Bréfritari: Þórbergur Ólafsson Snóksdal
Viðtakandi: Jón Borgfirðingur
Dagsetning: A-1862-04-18
Skrifað á: Múla í Aðaldal  S-Þing.

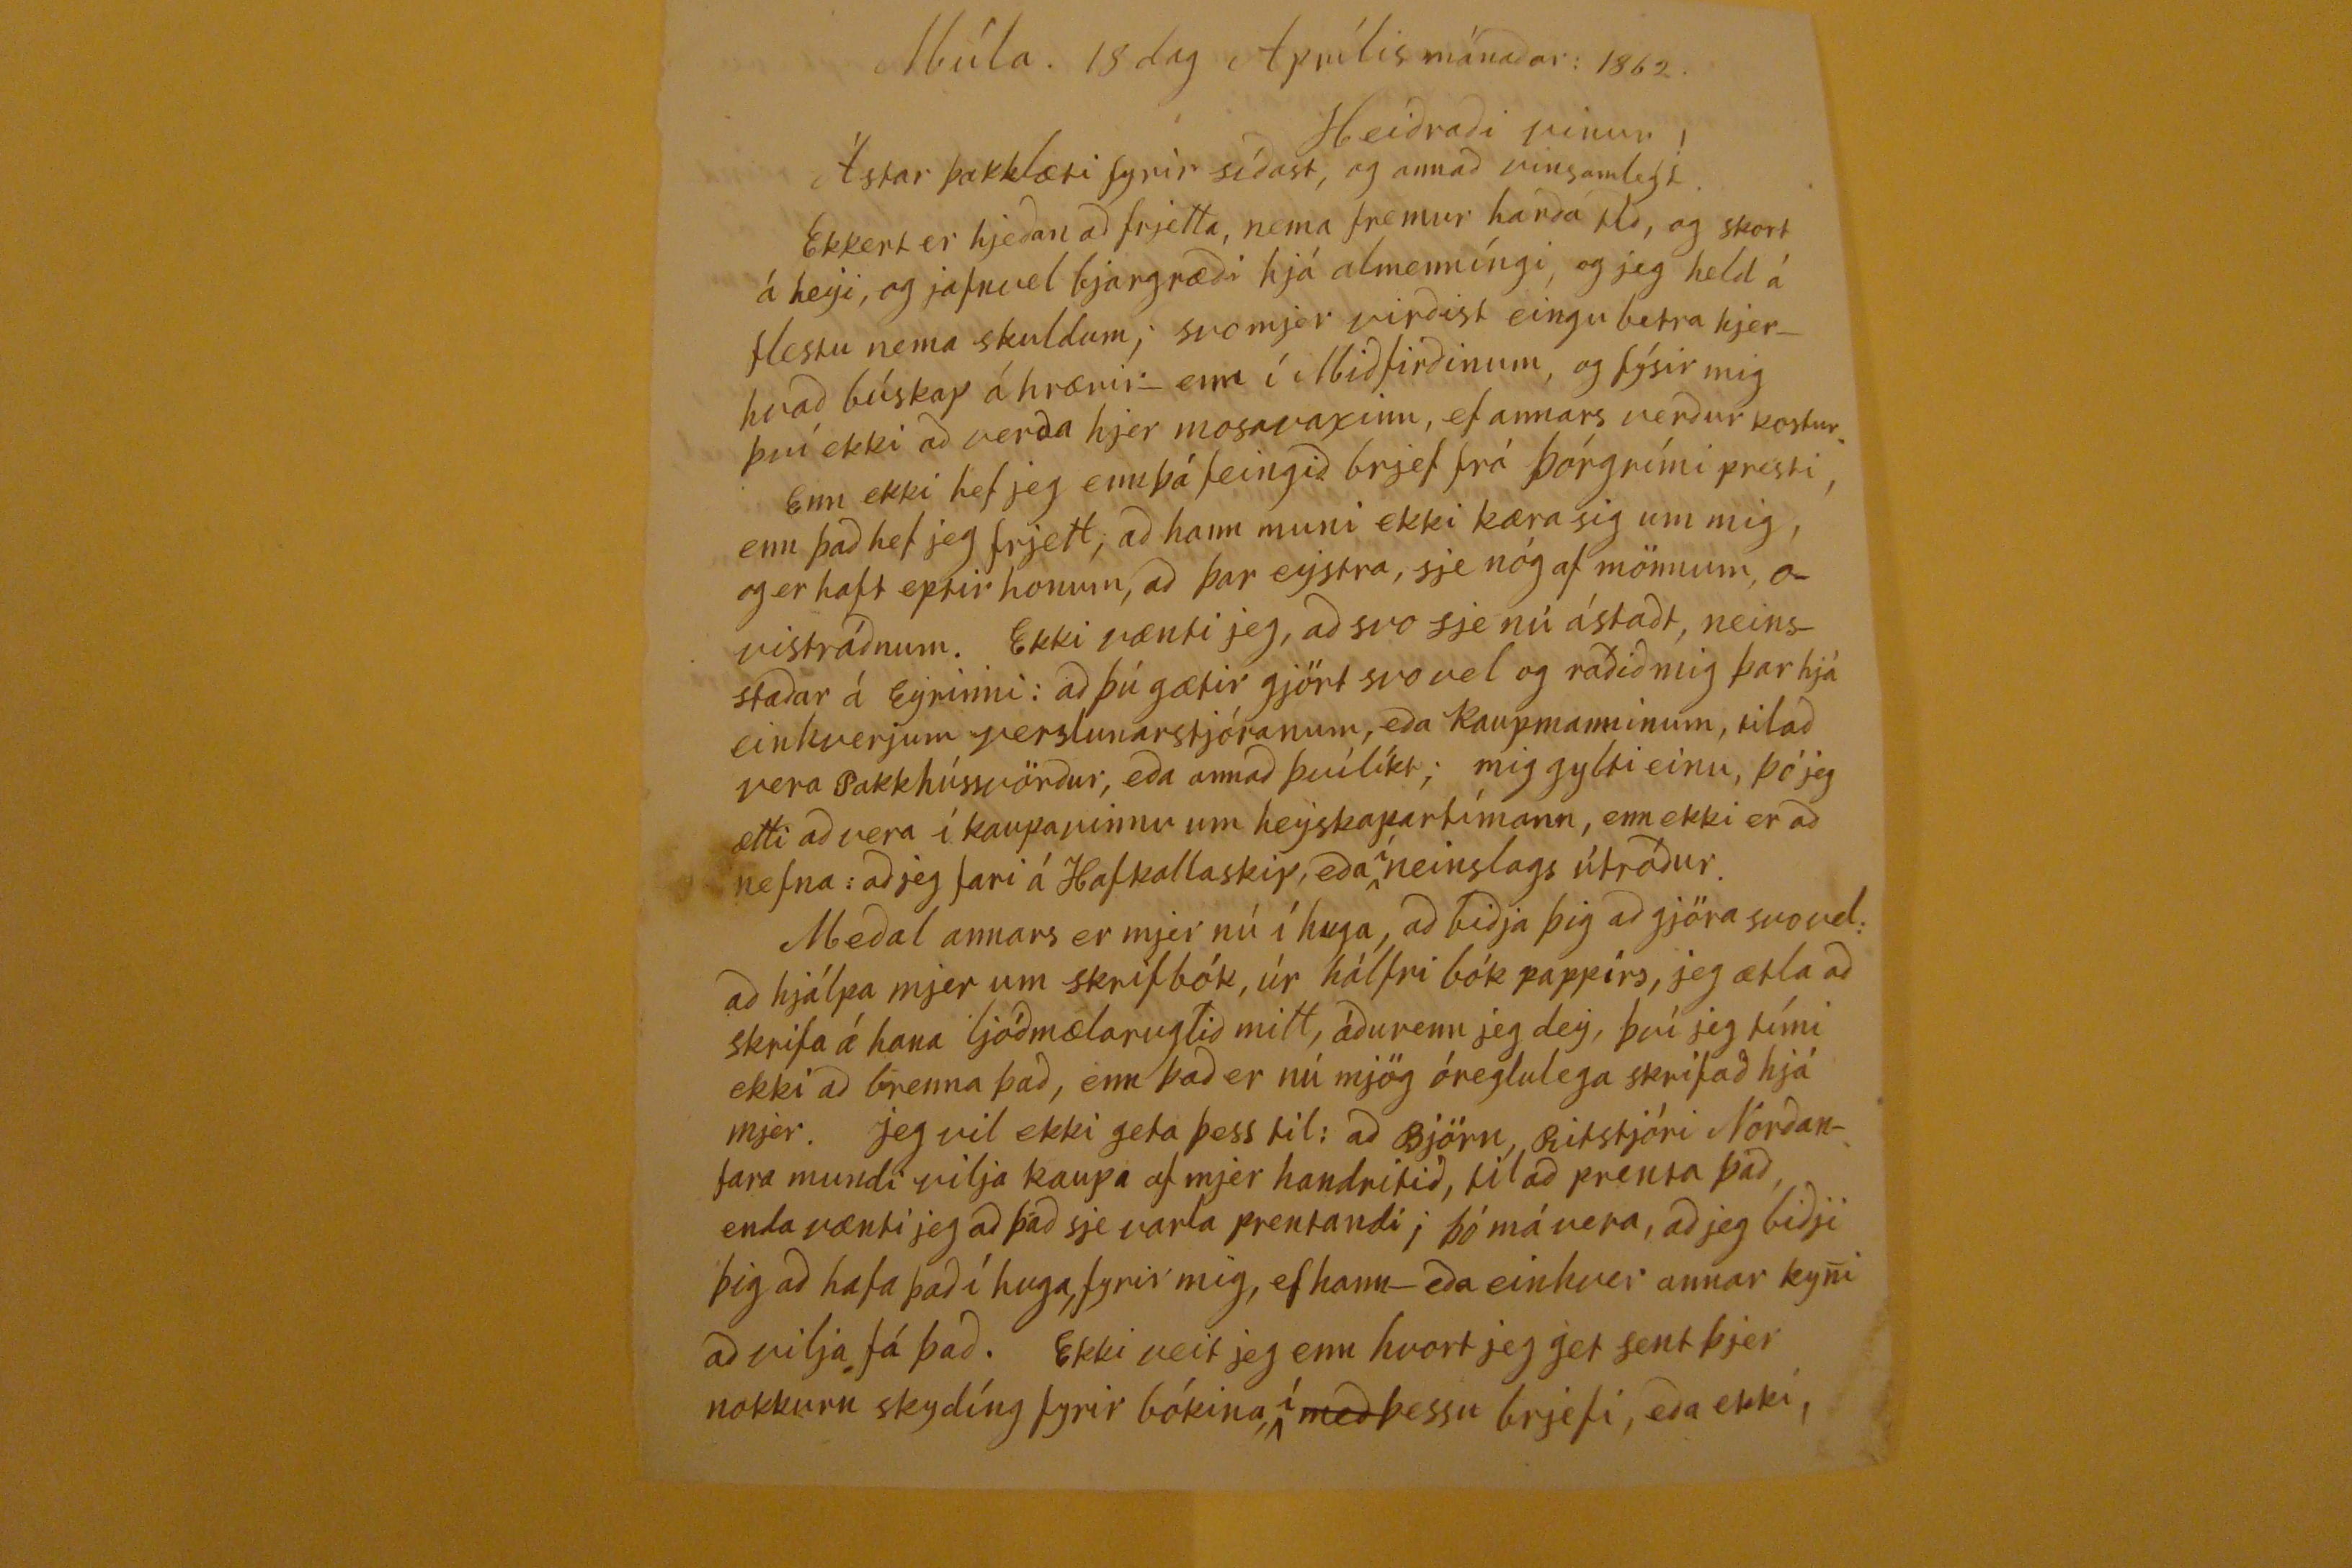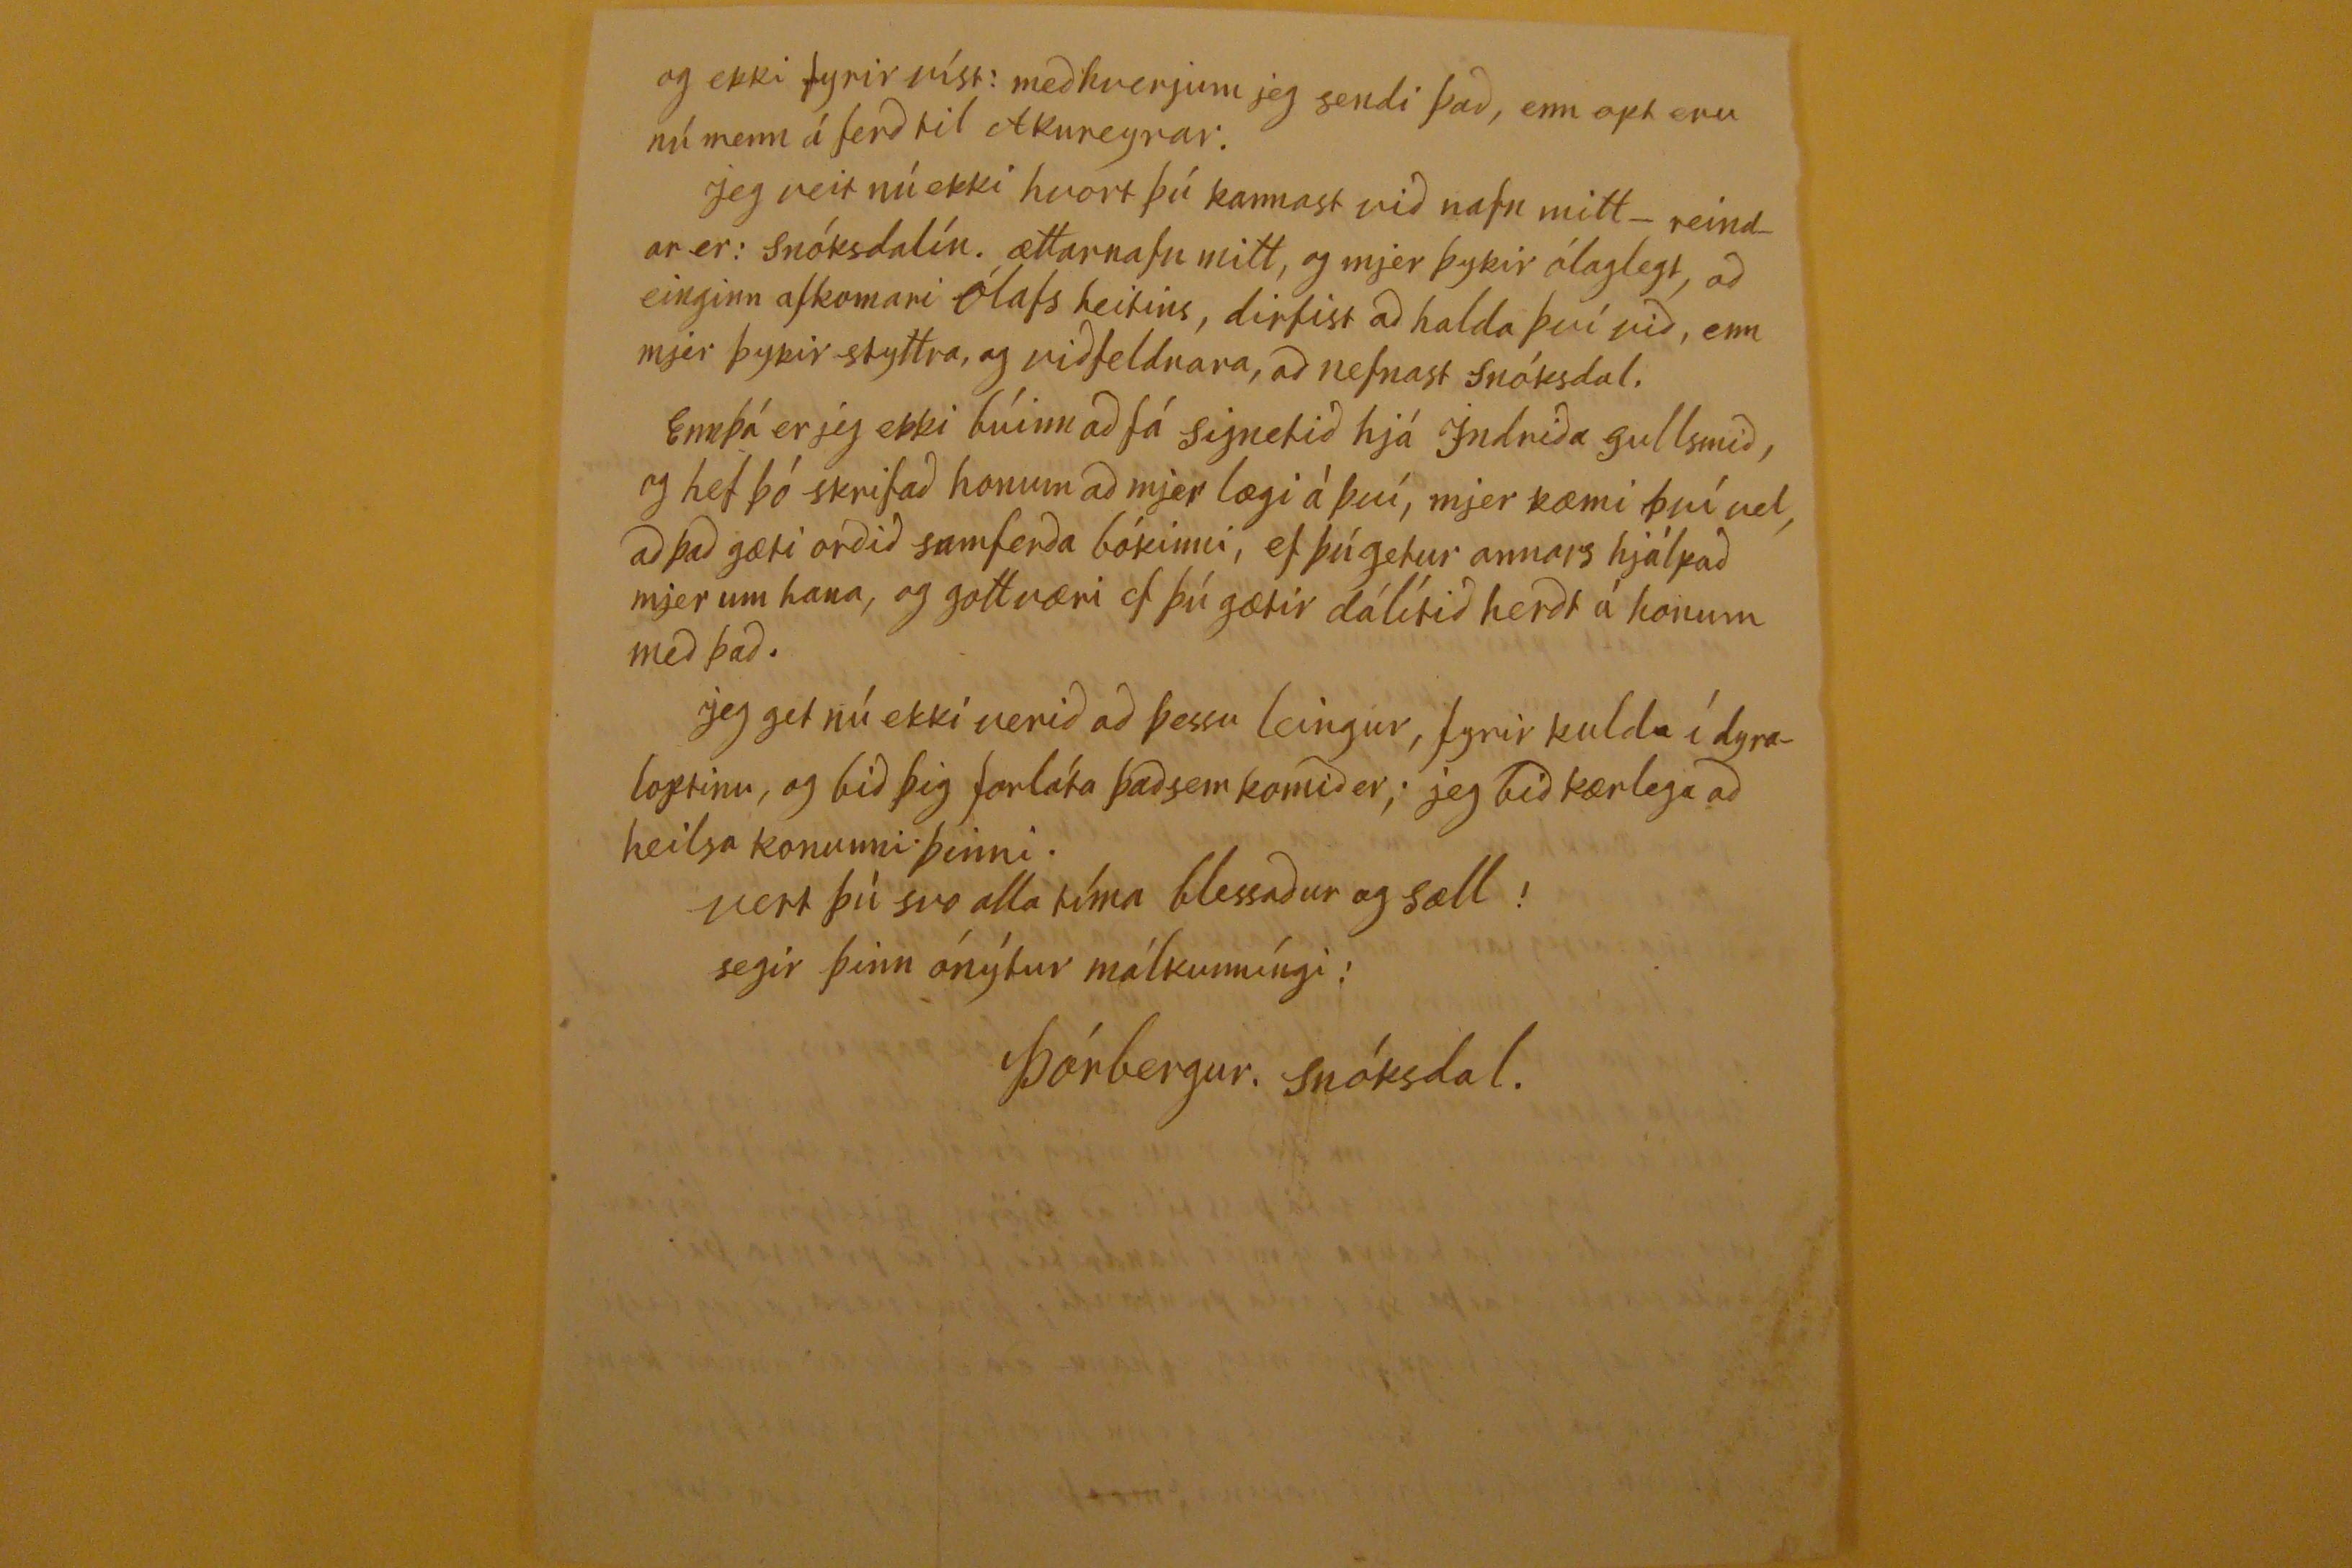

Múla. 16 dag Júní mánadar 1861
Heidradi vinur!
Ástar þakklæti fyrir sídast, og annad vinsamlegt. Ekkert er hjedan ad frjetta, nema fremur handa
eld
, og skort á heyi, og jafnvel bjargrædi hjá almenníngi, og jeg held á flestu nema skuldum, svo mjer virdist eingu betra hjerhvad búskap áhrænir- enn í Midfirdinum, og fýsir mig því ekki ad verda hjer mosavaxinn, ef annars verdur kostur.
Enn ekki hef jeg ennþá feingid brjef frá Þórgrími presti, enn þad hef jeg frjett, ad hann muni ekki kæra sig um mig, og er haft eptir honum, ad þar eystra, sje nóg af mönnum, á vistrádnum. Ekki vænti jeg, ad svo sje nú ástadt, neinsstadar á Eyrinni: ad þú gætir gjört svo vel og rádid mig þar hjá einhverjum verslunarstjóranum, eda kaupmanninum, tilad vera Pakkhússvördur, eda annad þvílíkt; mig gylti einu, þó jeg ætti ad vera í kaupavinnu um heyskapartímann, enn ekki er ad nefna: ad jeg fari á Hafkallaskip, eda
í
neinslags útrádur.
Medal annars er mjer nú í huga, ad bidja þig ad gjöra svo vel; ad hjálpa mjer um skrifbók, úr hálfri bók pappírs, jeg ætla ad skrifa á hana ljódmælaruglid mitt, ádur enn jeg dey, því jeg tími ekki ad brenna þad, enn þad er nú mjög óreglulega skrifad hjá mjer. Jeg vil ekki geta þess til: ad Björn, Ritstjóri Nordanfara mundi vilja kaupa af mjer handritid, til ad prenta þad, enda vænti jeg ad þad sje varla prentandi; þó má vera, ad jeg bidji þig ad hafa þad í huga, fyrir mig, ef hann- eda einhver annar kyni ad vilja fá þad. Ekki veit jeg enn hvort jeg get sent þjer nokkurn skydíng fyrir bókina,
í
med
þessu brjefi, eda ekki,
og ekki fyrir víst; med hverjum jeg sendi þad, enn opt eru nú menn á ferd til Akureyrar.
Jeg veit nú ekki hvort þú kannast vid nafn mitt- reindar er: Snóksdalín. ættarnafn mitt, og mjer þykir ólaglegt, ad eingin afkomari Ólafs heitins, dirfist ad halda því vid, enn mjer þykir styttra, og vidfeldnara, ad nefnast Snóksdal.
Ennþá er jeg ekki búinn ad fá signetid hjá Indrida gullsmid, og hef þó skrifad honum ad mjer lægi à því, mjer kæmi því vel, ad þad gæti ordid samferda bókinni, ef þú getur annars hjálpad mjer um hana, og gott væri ef þú gætir dálítid herdt á honum med þad.
jeg get nú ekki verid ad þessu leingur, fyrir kulda í dyraloptinu, og bid þig forláta þad sem komid er; jeg bid kærlega ad heilsa konunni þinni.
vert þù svo alla tíma blessadur og sæll!
segir þinn ónýtur málkunníngi:
Þórbergur. Snóksdal.